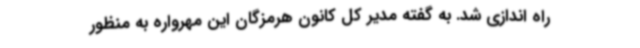
راه اندازی شد. به گفته مدیر کل کانون هرمزگان این مهرواره به منظور